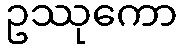
ဥဿုကော